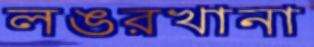
লঙরখানা